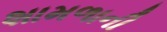
શામળાની